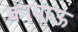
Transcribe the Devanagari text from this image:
कायाऊ